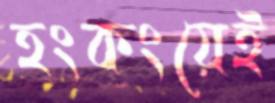
হংকংয়েই